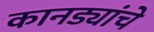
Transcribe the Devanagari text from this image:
कानड्यांचे